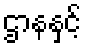
ဌာနနှင့်